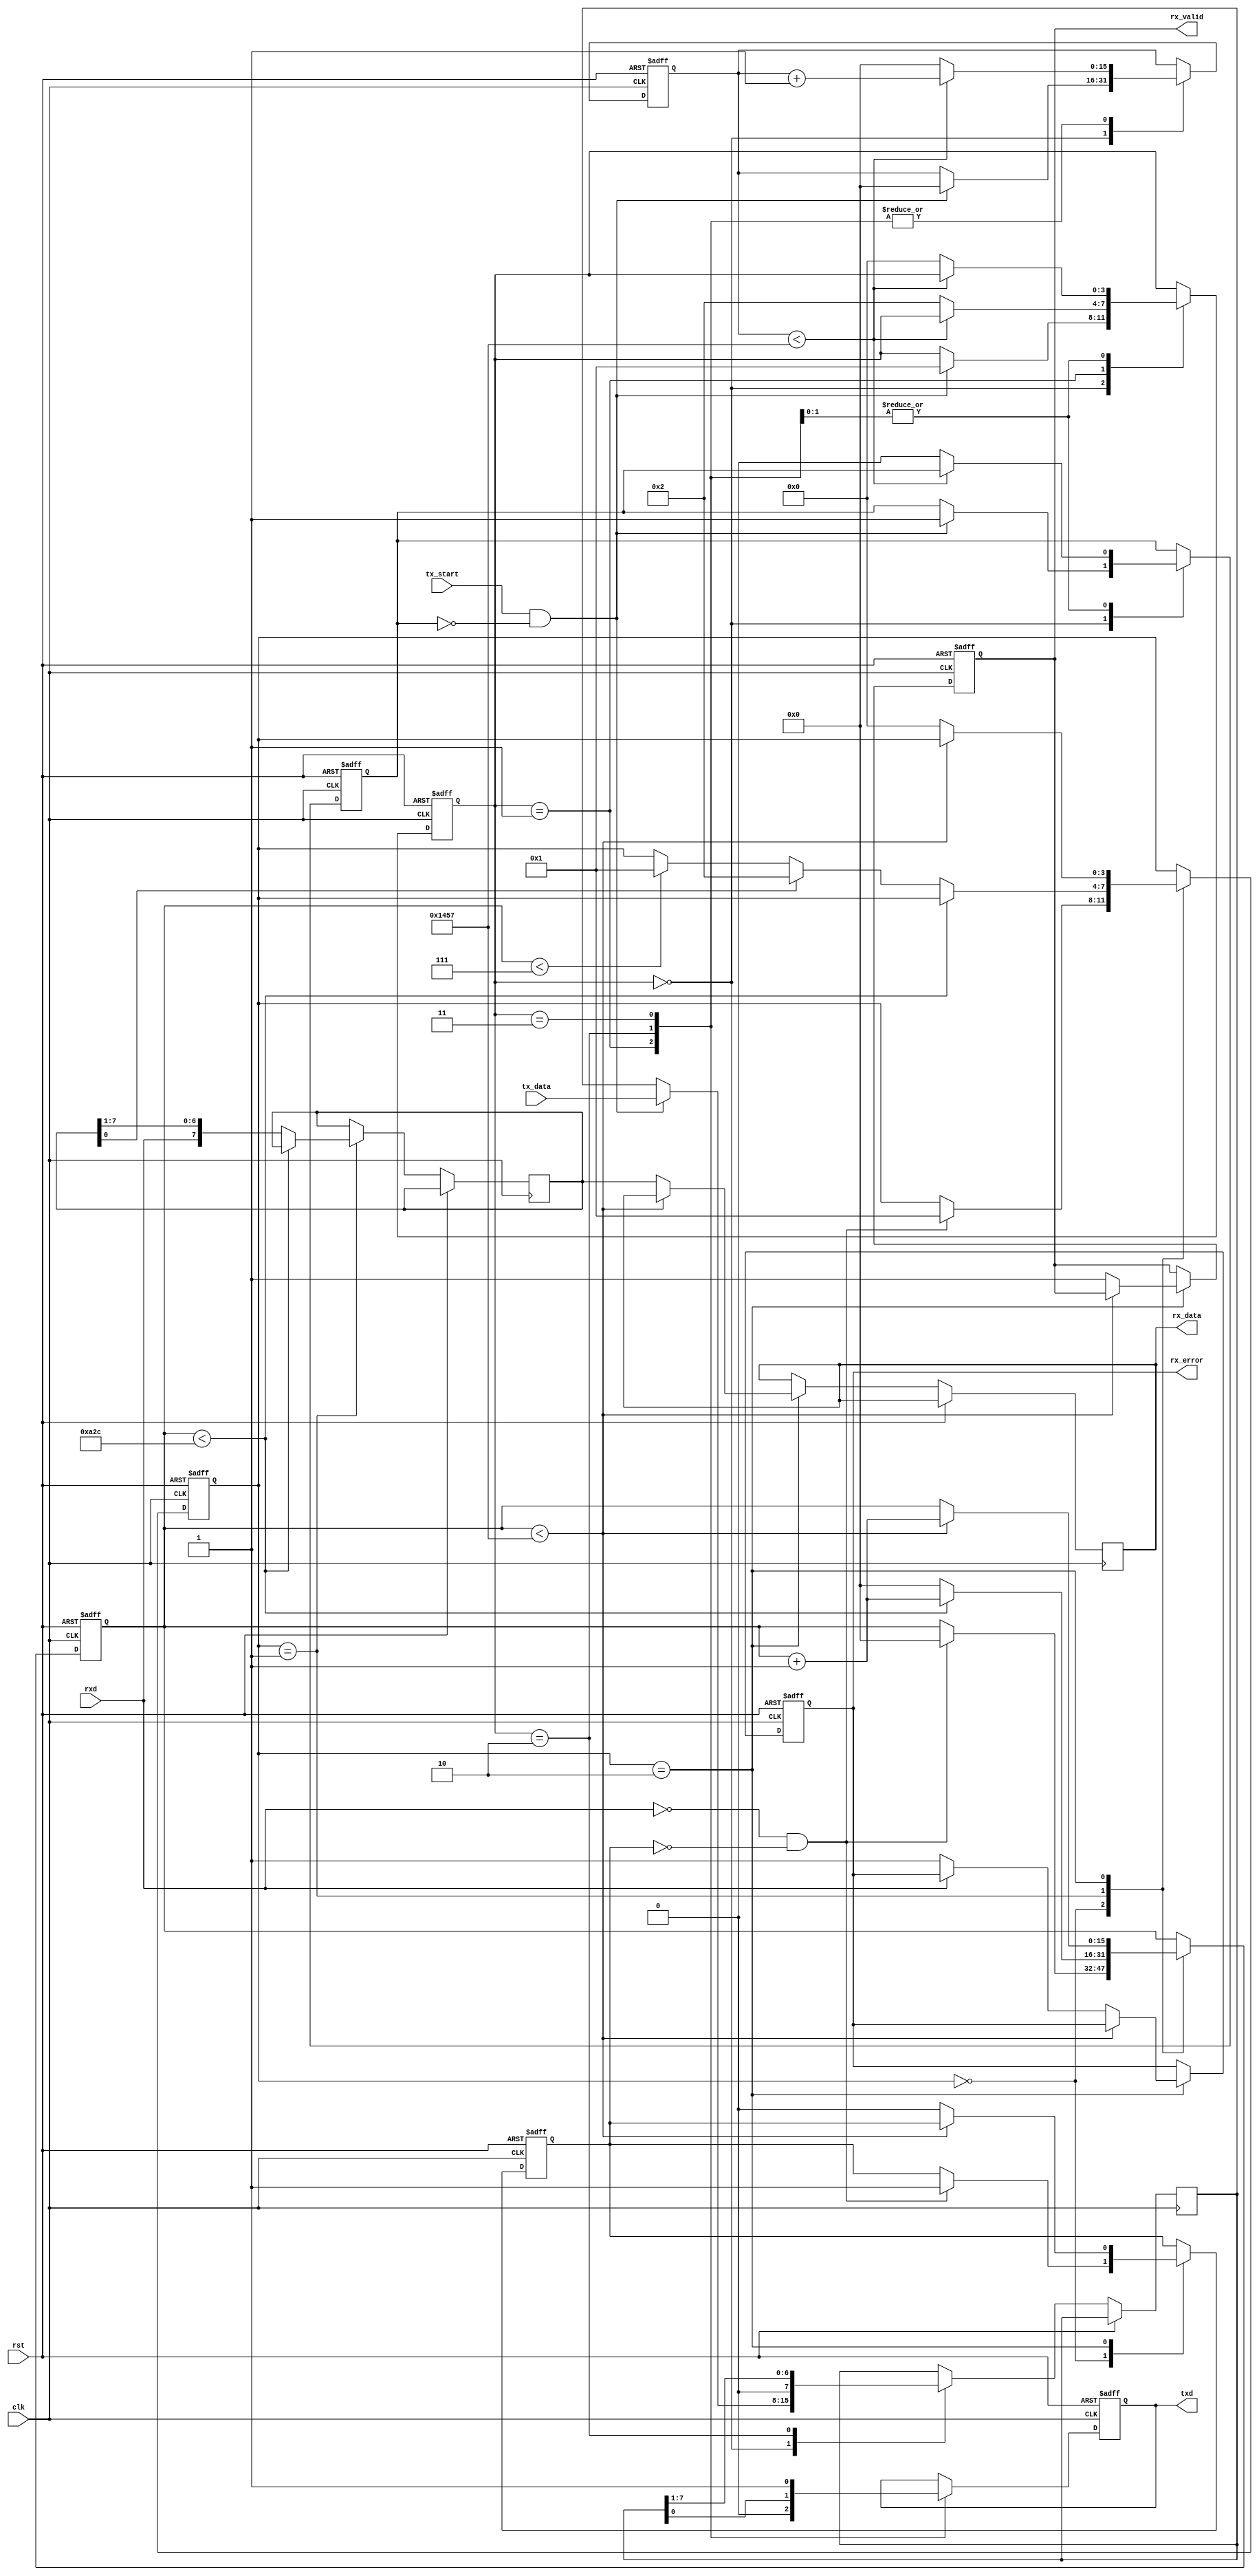
module parameterized_uart #(
    parameter BAUD_RATE = 9600,
    parameter DATA_BITS = 8,
    parameter STOP_BITS = 1,
    parameter PARITY = "NONE", // Options: "NONE", "EVEN", "ODD"
    parameter CLOCK_FREQ = 50000000 // Input clock frequency in Hz
)(
    input wire clk,            // System clock
    input wire rst,            // Reset signal
    input wire tx_start,      // Trigger to start transmission
    input wire [DATA_BITS-1:0] tx_data, // Parallel data input for TX
    output wire txd,          // Serial data output
    input wire rxd,           // Serial data input
    output reg [DATA_BITS-1:0] rx_data, // Parallel data output for RX
    output reg rx_valid,      // Indicates valid received data
    output reg rx_error       // Indicates error in reception
);

    // Baud rate generation
    localparam BAUD_DIV = CLOCK_FREQ / BAUD_RATE;

    // TX Module
    reg [3:0] tx_state;
    reg [7:0] tx_shift_reg;
    reg [15:0] tx_bit_count;
    reg tx_busy;

    always @(posedge clk or posedge rst) begin
        if (rst) begin
            tx_state <= 0;
            tx_bit_count <= 0;
            tx_busy <= 0;
            txd <= 1; // Idle state
        end else begin
            case (tx_state)
                0: begin // Idle
                    if (tx_start && !tx_busy) begin
                        tx_shift_reg <= {1'b1, tx_data}; // Load data with stop bit
                        if (PARITY == "EVEN") begin
                            tx_shift_reg[DATA_BITS] <= ~^tx_data; // Even parity
                        end else if (PARITY == "ODD") begin
                            tx_shift_reg[DATA_BITS] <= ^tx_data; // Odd parity
                        end
                        tx_bit_count <= 0;
                        tx_busy <= 1;
                        tx_state <= 1; // Move to start bit
                    end
                end
                1: begin // Start bit
                    txd <= 0; // Start bit
                    if (tx_bit_count < BAUD_DIV - 1) begin
                        tx_bit_count <= tx_bit_count + 1;
                    end else begin
                        tx_bit_count <= 0;
                        tx_state <= 2; // Move to data bits
                    end
                end
                2: begin // Data bits
                    txd <= tx_shift_reg[0]; // Send LSB first
                    tx_shift_reg <= {1'b0, tx_shift_reg[7:1]};
                    if (tx_bit_count < BAUD_DIV - 1) begin
                        tx_bit_count <= tx_bit_count + 1;
                    end else begin
                        tx_bit_count <= 0;
                        if (tx_shift_reg[DATA_BITS] == 1'b1) begin
                            tx_state <= 3; // Move to stop bit
                        end else begin
                            tx_state <= 0; // Idle
                            tx_busy <= 0;
                        end
                    end
                end
                3: begin // Stop bit
                    txd <= 1; // Stop bit
                    if (tx_bit_count < BAUD_DIV - 1) begin
                        tx_bit_count <= tx_bit_count + 1;
                    end else begin
                        tx_bit_count <= 0;
                        tx_state <= 0; // Back to idle
                        tx_busy <= 0;
                    end
                end
            endcase
        end
    end

    // RX Module
    reg [3:0] rx_state;
    reg [7:0] rx_shift_reg;
    reg [15:0] rx_bit_count;
    reg rx_busy;

    always @(posedge clk or posedge rst) begin
        if (rst) begin
            rx_state <= 0;
            rx_bit_count <= 0;
            rx_busy <= 0;
            rx_valid <= 0;
            rx_error <= 0;
        end else begin
            case (rx_state)
                0: begin // Idle
                    if (!rxd && !rx_busy) begin // Start bit detected
                        rx_busy <= 1;
                        rx_bit_count <= 0;
                        rx_state <= 1;
                    end
                end
                1: begin // Data bits
                    if (rx_bit_count < BAUD_DIV / 2) begin
                        rx_bit_count <= rx_bit_count + 1;
                    end else begin
                        rx_shift_reg <= {rxd, rx_shift_reg[7:1]};
                        rx_bit_count <= 0;
                        if (rx_shift_reg[0] == 1'b1) begin
                            rx_state <= 2; // Move to stop bit
                        end else if (rx_bit_count < DATA_BITS - 1) begin
                            rx_state <= 1; // Continue receiving data bits
                        end
                    end
                end
                2: begin // Stop bit
                    if (rx_bit_count < BAUD_DIV - 1) begin
                        rx_bit_count <= rx_bit_count + 1;
                    end else begin
                        if (rxd != 1'b1) begin
                            rx_error <= 1; // Framing error
                        end
                        rx_data <= rx_shift_reg;
                        rx_valid <= 1; // Data is valid
                        rx_busy <= 0;
                        rx_state <= 0; // Back to idle
                    end
                end
            endcase
        end
    end

endmodule